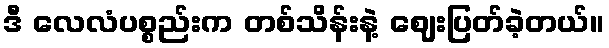
ဒီ လေလံပစ္စည်းက တစ်သိန်းနဲ့ ဈေးပြတ်ခဲ့တယ်။